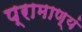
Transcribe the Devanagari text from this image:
प्रामाण्यं